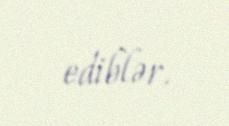
ediblər.